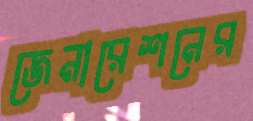
জেনারেশনের